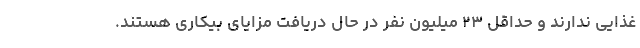
غذایی ندارند و حداقل ۲۳ میلیون نفر در حال دریافت مزایای بیکاری هستند.